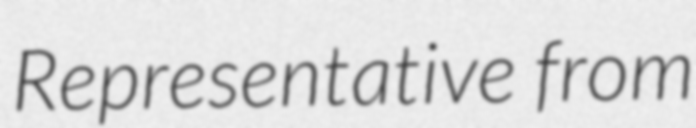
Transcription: Representative from